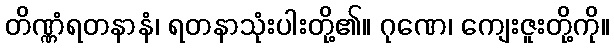
တိဏ္ဏံရတနာနံ၊ ရတနာသုံးပါးတို့၏။ ဂုဏေ၊ ကျေးဇူးတို့ကို။